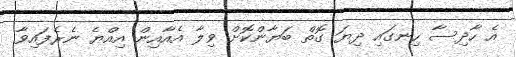
އެ ހާދިސާ ހިނގައި ދިޔަ ގޮތް ބަޔާންކޮށް ވިލާ އެއާއިން އިއްޔެ ނެރެފައިވާ